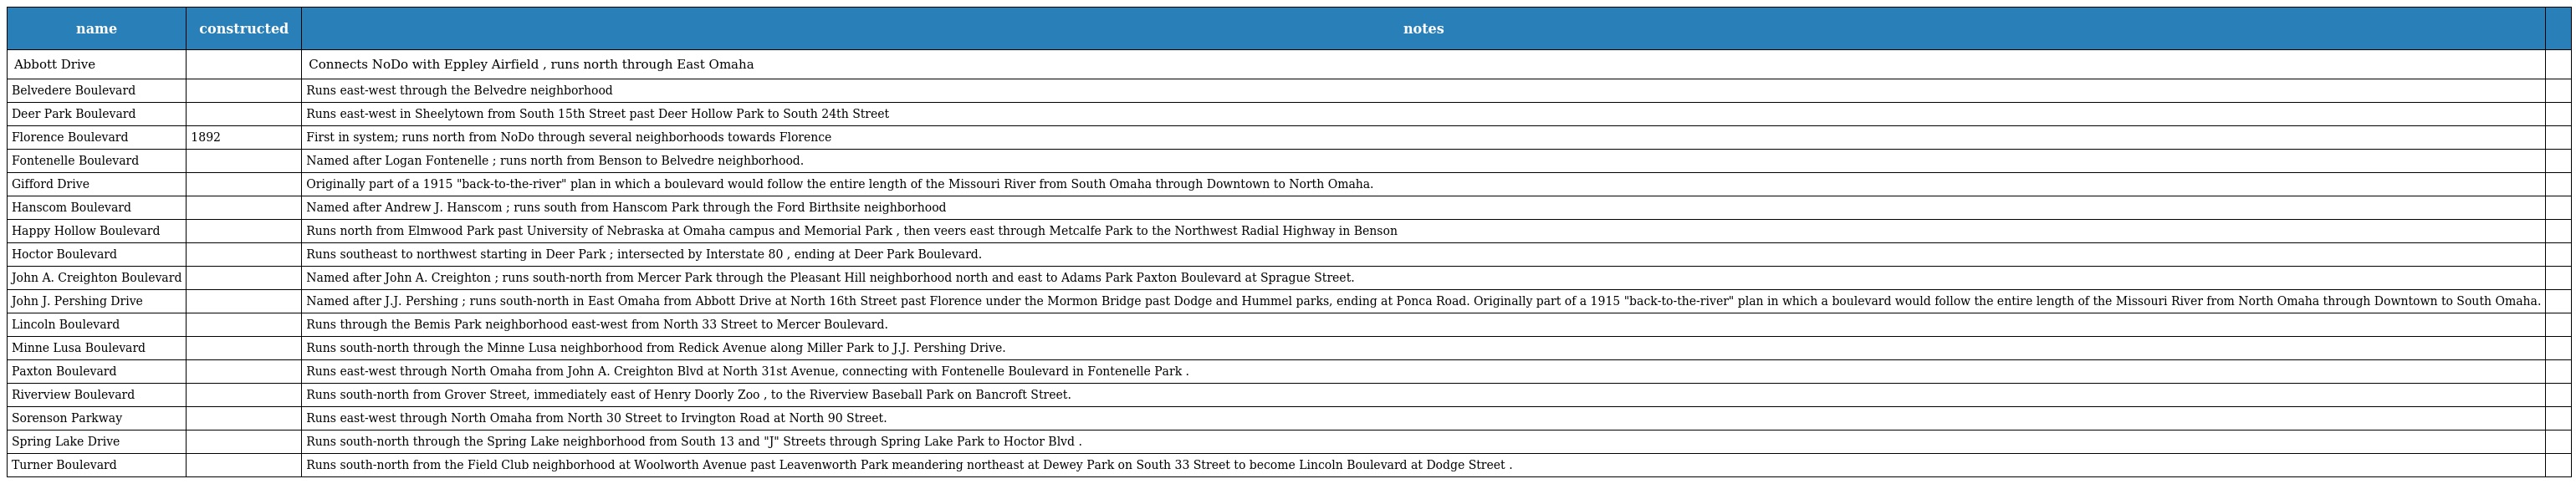
| name | constructed | notes |  |
 | --- | --- | --- | --- |
 | Abbott Drive |  | Connects NoDo with Eppley Airfield , runs north through East Omaha |  |
 | Belvedere Boulevard |  | Runs east-west through the Belvedre neighborhood |  |
 | Deer Park Boulevard |  | Runs east-west in Sheelytown from South 15th Street past Deer Hollow Park to South 24th Street |  |
 | Florence Boulevard | 1892 | First in system; runs north from NoDo through several neighborhoods towards Florence |  |
 | Fontenelle Boulevard |  | Named after Logan Fontenelle ; runs north from Benson to Belvedre neighborhood. |  |
 | Gifford Drive |  | Originally part of a 1915 "back-to-the-river" plan in which a boulevard would follow the entire length of the Missouri River from South Omaha through Downtown to North Omaha. |  |
 | Hanscom Boulevard |  | Named after Andrew J. Hanscom ; runs south from Hanscom Park through the Ford Birthsite neighborhood |  |
 | Happy Hollow Boulevard |  | Runs north from Elmwood Park past University of Nebraska at Omaha campus and Memorial Park , then veers east through Metcalfe Park to the Northwest Radial Highway in Benson |  |
 | Hoctor Boulevard |  | Runs southeast to northwest starting in Deer Park ; intersected by Interstate 80 , ending at Deer Park Boulevard. |  |
 | John A. Creighton Boulevard |  | Named after John A. Creighton ; runs south-north from Mercer Park through the Pleasant Hill neighborhood north and east to Adams Park Paxton Boulevard at Sprague Street. |  |
 | John J. Pershing Drive |  | Named after J.J. Pershing ; runs south-north in East Omaha from Abbott Drive at North 16th Street past Florence under the Mormon Bridge past Dodge and Hummel parks, ending at Ponca Road. Originally part of a 1915 "back-to-the-river" plan in which a boulevard would follow the entire length of the Missouri River from North Omaha through Downtown to South Omaha. |  |
 | Lincoln Boulevard |  | Runs through the Bemis Park neighborhood east-west from North 33 Street to Mercer Boulevard. |  |
 | Minne Lusa Boulevard |  | Runs south-north through the Minne Lusa neighborhood from Redick Avenue along Miller Park to J.J. Pershing Drive. |  |
 | Paxton Boulevard |  | Runs east-west through North Omaha from John A. Creighton Blvd at North 31st Avenue, connecting with Fontenelle Boulevard in Fontenelle Park . |  |
 | Riverview Boulevard |  | Runs south-north from Grover Street, immediately east of Henry Doorly Zoo , to the Riverview Baseball Park on Bancroft Street. |  |
 | Sorenson Parkway |  | Runs east-west through North Omaha from North 30 Street to Irvington Road at North 90 Street. |  |
 | Spring Lake Drive |  | Runs south-north through the Spring Lake neighborhood from South 13 and "J" Streets through Spring Lake Park to Hoctor Blvd . |  |
 | Turner Boulevard |  | Runs south-north from the Field Club neighborhood at Woolworth Avenue past Leavenworth Park meandering northeast at Dewey Park on South 33 Street to become Lincoln Boulevard at Dodge Street . |  |